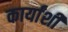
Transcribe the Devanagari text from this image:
कार्यांशी